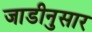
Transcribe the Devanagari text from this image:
जाडीनुसार